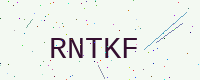
Text: RNTKF